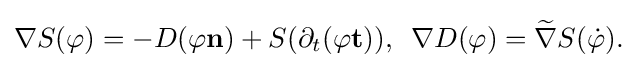
\displaystyle {\nabla S(\varphi )=-D(\varphi \mathbf {n} )+S(\partial _{t}(\varphi \mathbf {t} )),\,\,\,\nabla D(\varphi )={\widetilde {\nabla }}S({\dot {\varphi }}).}